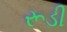
રૂડી